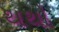
થથો